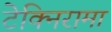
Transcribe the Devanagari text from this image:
टेक्निरामा